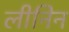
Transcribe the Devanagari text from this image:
लीनिन